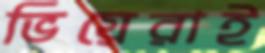
ভিয়েরাই